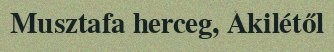
Musztafa herceg, Akilétől